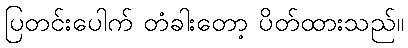
ပြတင်းပေါက် တံခါးတော့ ပိတ်ထားသည်။